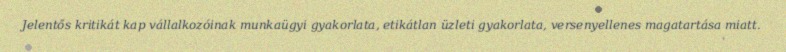
Jelentős kritikát kap vállalkozóinak munkaügyi gyakorlata, etikátlan üzleti gyakorlata, versenyellenes magatartása miatt.